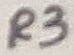
Text: R3